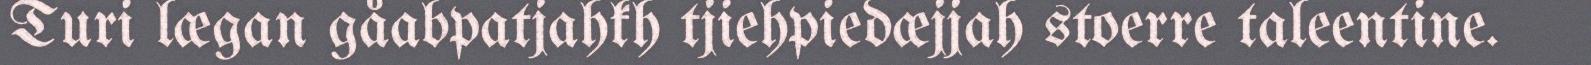
Turi lægan gåabpatjahkh tjiehpiedæjjah stoerre taleentine.